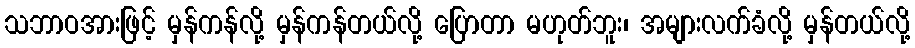
သဘာဝအားဖြင့် မှန်ကန်လို့ မှန်ကန်တယ်လို့ ပြောတာ မဟုတ်ဘူး၊ အများလက်ခံလို့ မှန်တယ်လို့